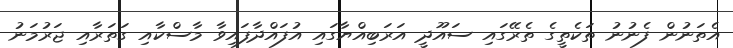
އެތަނުން ފެނުނު ތަކެތީގެ ތެރޭގައި ސައޫދީ އަރަބިއްޔާގައި އުފައްދާފައިވާ މާސްކާއި ގަތަރާއި ޖަރުމަނު